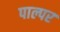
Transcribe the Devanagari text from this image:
पाल्पर